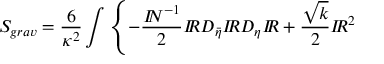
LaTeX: S _ { g r a v } = \frac { 6 } { \kappa ^ { 2 } } \int \left\{ - \frac { { I \! \! N } ^ { - 1 } } { 2 } { I \! \! R } D _ { \bar { \eta } } { I \! \! R } D _ { \eta } { I \! \! R } + \frac { \sqrt { k } } { 2 } { I \! \! R } ^ { 2 } \right.